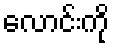
လောင်းကို